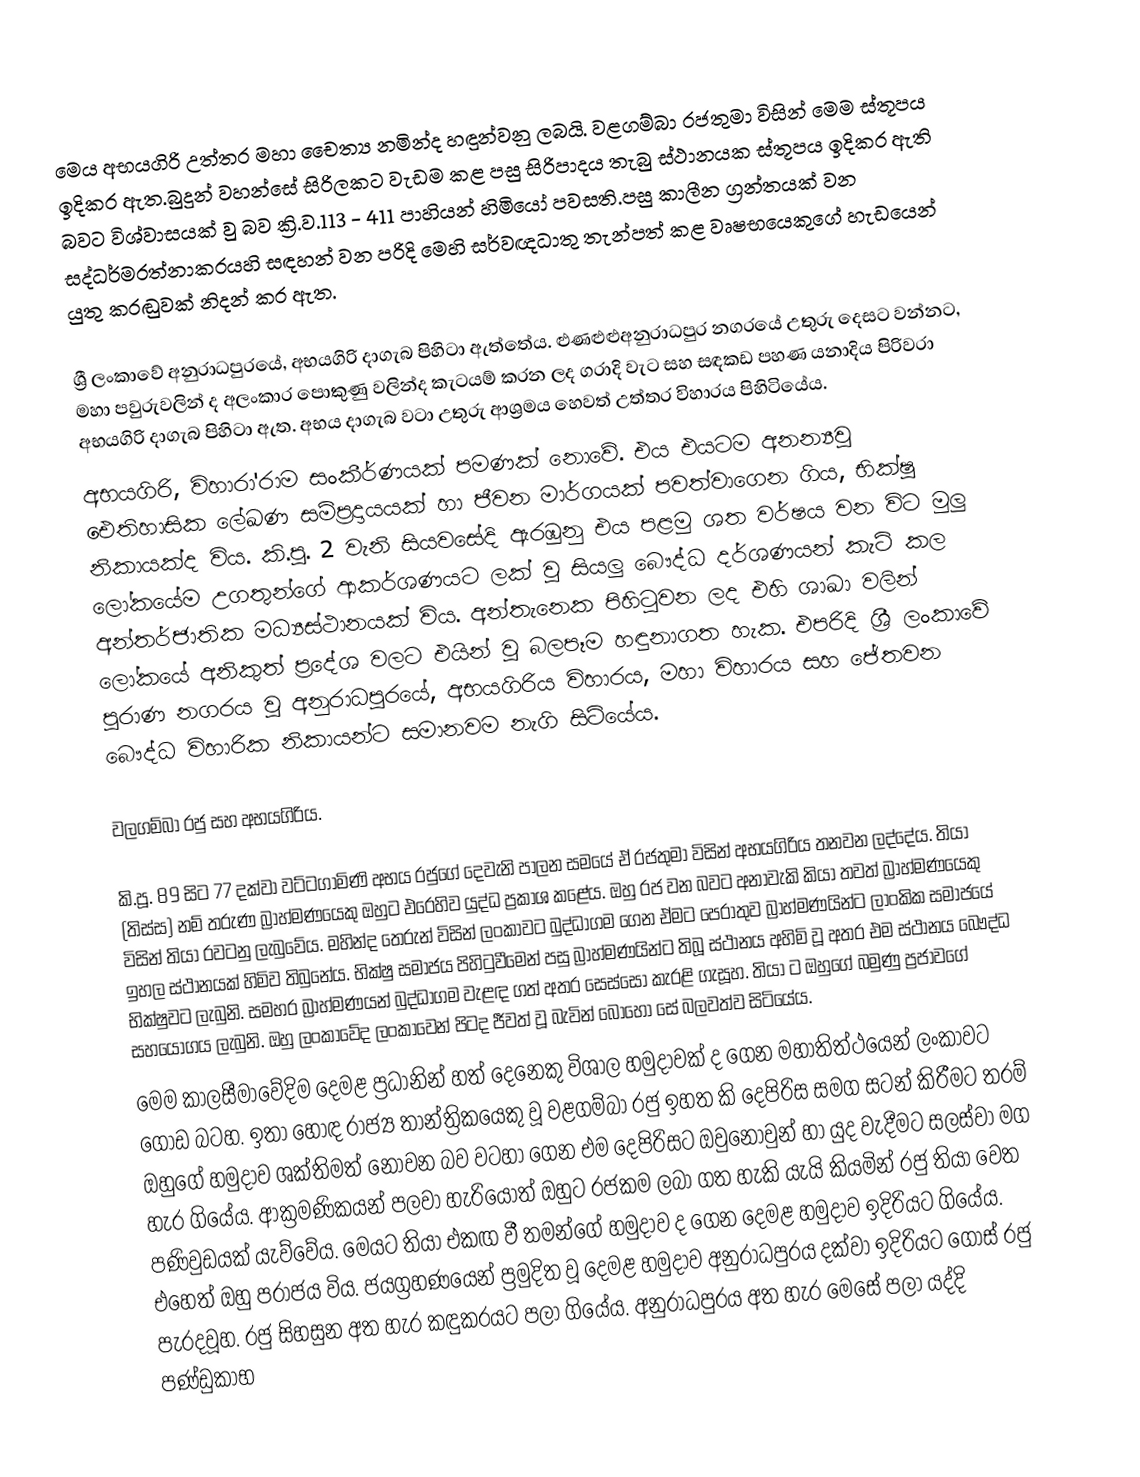
මෙය අභයගිරි උත්තර මහා චෛත්‍ය නමින්ද හඳුන්වනු ලබයි. වළගම්බා රජතුමා විසින් මෙම ස්තූපය ඉදිකර ඇත.බුදුන් වහන්සේ සිරිලකට වැඩම කළ පසු සිරිපාදය තැබු ස්ථානයක ස්තූපය ඉදිකර ඇති බවට විශ්වාසයක් වු බව ක්‍රි.ව.113 - 411 පාහියන් හිමියෝ පවසති.පසු කාලීන ග්‍රන්තයක් වන සද්ධර්මරත්නාකරයහි සඳහන් වන පරිදි මෙහි සර්වඥධාතු තැන්පත් කළ වෘෂභ‍යෙකුගේ හැඩයෙන් යුතු කරඬුවක් නිදන් කර ඇත.

ශ්‍රී ලංකාවේ අනුරාධපුරයේ, අභයගිරි දාගැබ පිහිටා ඇත්තේය. ළුණළුළුඅනුරාධපුර නගරයේ උතුරු දෙසට වන්නට, මහා පවුරුවලින් ද අලංකාර පොකුණු වලින්ද කැටයම් කරන ලද ගරාදි වැට සහ සඳකඩ පහණ යනාදිය පිරිවරා අභයගිරි දාගැබ පිහිටා ඇත.  අභය දාගැබ වටා උතුරු ආශ්‍රමය හෙවත් උත්තර විහාරය පිහිටියේය.
අභයගිරි, විහාරා'රාම සංකීර්ණයක් පමණක් නොවේ. එය එයටම අනන්‍යවු ඓතිහාසික ලේඛණ සම්ප්‍රදායයක් හා ජීවන මාර්ගයක් පවත්වාගෙන ගිය, භික්ෂූ නිකායක්ද විය. කි.පූ. 2 වැනි සියවසේදි ඇරඹුනු එය පළමු ශත වර්ෂය වන විට මුලු ලෝකයේම උගතුන්ගේ ආකර්ශණයට ලක් වූ සියලු බෞද්ධ දර්ශණයන් කැටි කල අන්තර්ජාතික මධ්‍යස්ථානයක් විය. අන්තැනෙක පිහිටුවන ලද එහි ශාඛා වලින් ලෝකයේ අනිකුත් ප්‍රදේශ වලට එයින් වූ බලපෑම හඳුනාගත හැක. එපරිදි ශ්‍රී ලංකාවේ පුරාණ නගරය වූ අනුරාධපුරයේ, අභයගිරිය විහාරය, මහා විහාරය සහ ජේතවන බෞද්ධ විහාරික නිකායන්ට සමානවම නැගි සිටියේය.

වලගම්බා රජු සහ අභයගිරිය.

	කි.පූ. 89 සිට 77 දක්වා වට්ටගාමිණි අභය රජුගේ දෙවැනි පාලන සමයේ ඒ රජතුමා විසින් අභයගිරිය තනවන ලද්දේය. තියා (තිස්ස) නම් තරුණ බ්‍රාහ්මණයෙකු ඔහුට එරෙහිව යුද්ධ ප්‍රකාශ කළේය. ඔහු රජ වන බවට අනාවැකි කියා තවත් බ්‍රාහ්මණයෙකු විසින් තියා රවටනු ලැබුවේය. මහින්ද තෙරුන් විසින් ලංකාවට බුද්ධාගම ගෙන ඒමට පෙරාතුව බ්‍රාහ්මණයින්ට ලාංකික සමාජයේ ඉහල ස්ථානයක් හිමිව තිබුනේය. භික්ෂු සමාජය පිහිටුවීමෙන් පසු බ්‍රාහ්මණයින්ට තිබූ ස්ථානය අහිමි වූ අතර එම ස්ථානය බෞද්ධ භික්ෂුවට ලැබුනි. සමහර බ්‍රාහ්මණයන් බුද්ධාගම වැළඳ ගත් අතර සෙස්සෝ කැරළි ගැසූහ. තියා ට ඔහුගේ බමුණු ප්‍රජාවගේ සහයෝගය ලැබුනි. ඔහු ලංකාවේද ලංකාවෙන් පිටද ජීවත් වූ බැවින් බොහෝ සේ බලවත්ව සිටියේය.
	මෙම කාලසීමාවේදිම දෙමළ ප්‍රධානින් හත් දෙනෙකු විශාල හමුදාවක් ද ගෙන මහාතිත්ථයෙන් ලංකාවට ගොඩ බටහ. ඉතා හොඳ රාජ්‍ය තාන්ත්‍රිකයෙකු වූ වළගම්බා රජු ඉහත කි දෙපිරිස සමග සටන් කිරීමට තරම් ඔහුගේ හමුදාව ශක්තිමත් නොවන බව වටහා ගෙන එම දෙපිරිසට ඔවුනොවුන් හා යුද වැදීමට සලස්වා මග හැර ගියේය. ආක්‍රමණිකයන් පලවා හැරියොත් ඔහුට රජකම ලබා ගත හැකි යැයි කියමින් රජු තියා වෙත පණිවුඩයක් යැව්වේය. මෙයට තියා එකඟ වී තමන්ගේ හමුදාව ද ගෙන දෙමළ හමුදාව ඉදිරියට ගියේය. එහෙත් ඔහු පරාජය විය. ජයග්‍රහණයෙන් ප්‍රමුදිත වූ දෙමළ හමුදාව අනුරාධපුරය දක්වා ඉදිරියට ගොස් රජු පැරදවූහ. රජු සිහසුන අත හැර කඳුකරයට පලා ගියේය. අනුරාධපුරය අත හැර මෙසේ පලා යද්දි පණ්ඩුකාභ